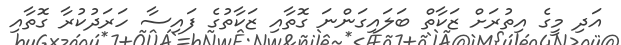
އަދި މީގެ އިތުރަށް ޒަކާތް ބަލައިގަންނަ ގޮތާއި ޒަކާތުގެ ފައިސާ ހަރަދުކުރާ ގޮތާއި